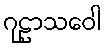
ဂုဠာသဝေါ